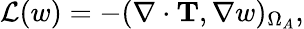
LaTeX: \mathcal{L}(w)=-(\nabla\cdot\mathbf{T},\nabla w)_{\Omega_{A}},